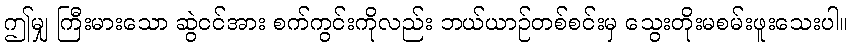
ဤမျှ ကြီးမားသော ဆွဲငင်အား စက်ကွင်းကိုလည်း ဘယ်ယာဉ်တစ်စင်းမှ သွေးတိုးမစမ်းဖူးသေးပါ။